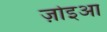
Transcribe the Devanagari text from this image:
ज़ोइआ